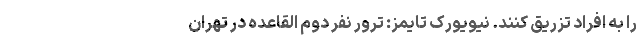
را به افراد تزریق کنند. نیویورک تایمز: ترور نفر دوم القاعده در تهران